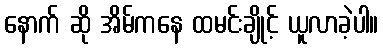
နောက် ဆို အိမ်ကနေ ထမင်းချိုင့် ယူလာခဲ့ပါ။